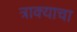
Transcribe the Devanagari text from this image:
त्राक्याचा